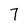
Character: 7